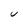
Character: U